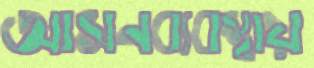
আসনব্যবস্থায়